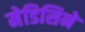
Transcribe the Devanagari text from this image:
मेडिसिने